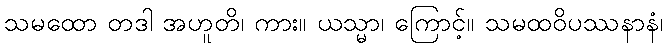
သမထော တဒါ အဟူတိ၊ ကား။ ယသ္မာ၊ ကြောင့်။ သမထဝိပဿနာနံ၊